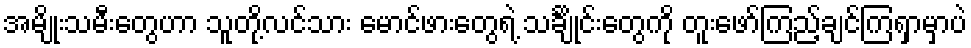
အမျိုးသမီးတွေဟာ သူတို့လင်သား မောင်ဖားတွေရဲ့ သင်္ချိုင်းတွေကို တူးဖော်ကြည့်ချင်ကြရှာမှာပဲ